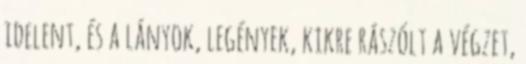
idelent, és a lányok, legények, kikre rászólt a végzet,